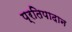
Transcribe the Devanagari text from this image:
प्रतिपादान